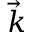
\vec { k }